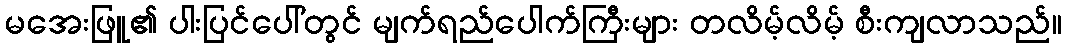
မအေးဖြူ၏ ပါးပြင်ပေါ်တွင် မျက်ရည်ပေါက်ကြီးများ တလိမ့်လိမ့် စီးကျလာသည်။